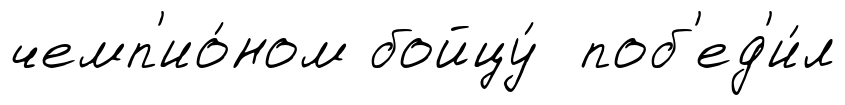
чемп'ио́ном бойцу́ поб'ед'и́л